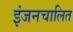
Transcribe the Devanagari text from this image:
इंजनचालित